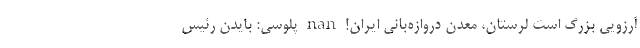
آرزویی بزرگ است لرستان، معدن دروازه‌بانی ایران! nan پلوسی: بایدن رئیس